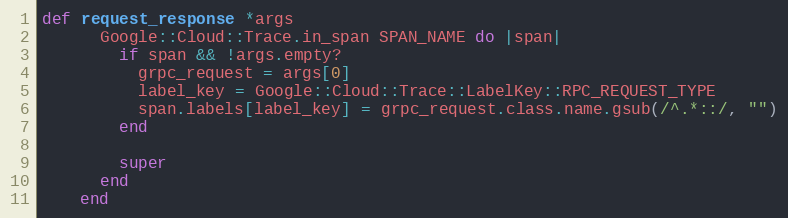
Language: Ruby
def request_response *args
      Google::Cloud::Trace.in_span SPAN_NAME do |span|
        if span && !args.empty?
          grpc_request = args[0]
          label_key = Google::Cloud::Trace::LabelKey::RPC_REQUEST_TYPE
          span.labels[label_key] = grpc_request.class.name.gsub(/^.*::/, "")
        end

        super
      end
    end